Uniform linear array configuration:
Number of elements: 24
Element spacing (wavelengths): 0.5
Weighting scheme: uniform
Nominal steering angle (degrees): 45
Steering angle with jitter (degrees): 43.927
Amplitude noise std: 0.05
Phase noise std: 0.05

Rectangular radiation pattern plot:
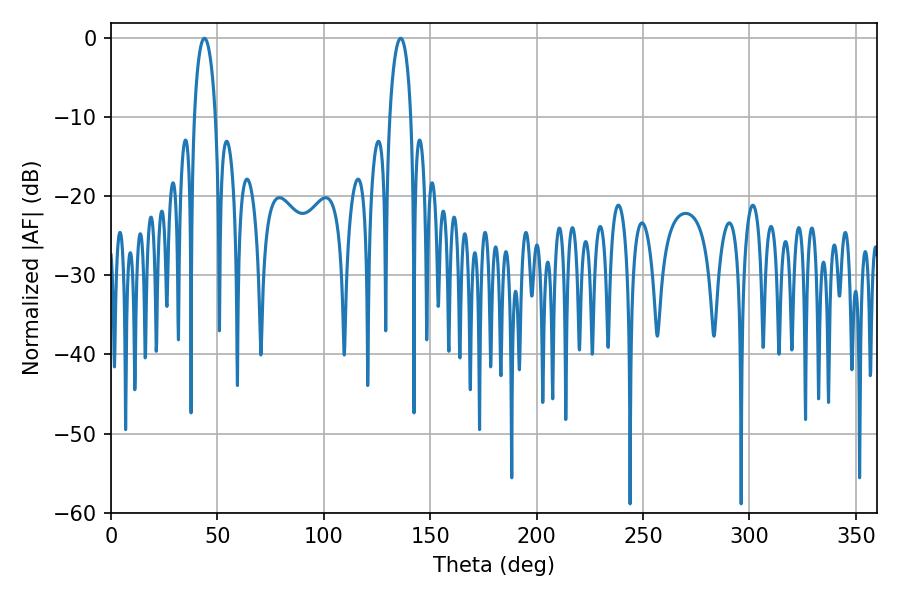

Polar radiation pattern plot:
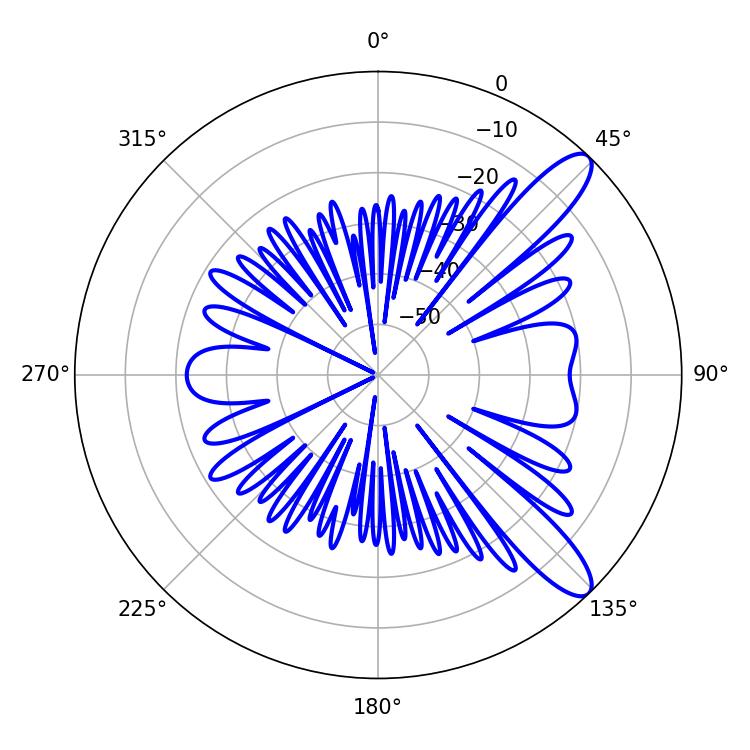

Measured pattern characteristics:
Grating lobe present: FALSE
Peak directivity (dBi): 11.037
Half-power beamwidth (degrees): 5.76
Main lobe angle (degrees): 43.92